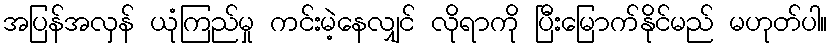
အပြန်အလှန် ယုံကြည်မှု ကင်းမဲ့နေလျှင် လိုရာကို ပြီးမြောက်နိုင်မည် မဟုတ်ပါ။